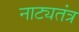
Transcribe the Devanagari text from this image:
नाट्यतंत्र